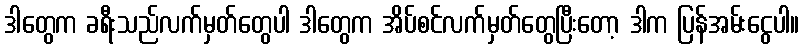
ဒါတွေက ခရီးသည်လက်မှတ်တွေပါ ဒါတွေက အိပ်စင်လက်မှတ်တွေပြီးတော့ ဒါက ပြန်အမ်းငွေပါ။